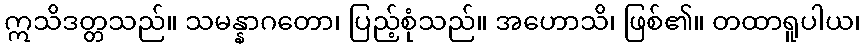
ဣသိဒတ္တသည်။ သမန္နာဂတော၊ ပြည့်စုံသည်။ အဟောသိ၊ ဖြစ်၏။ တထာရူပါယ၊